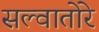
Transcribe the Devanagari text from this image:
सल्वातोरे